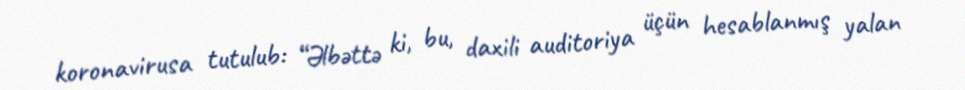
koronavirusa tutulub: “Əlbəttə ki, bu, daxili auditoriya üçün hesablanmış yalan